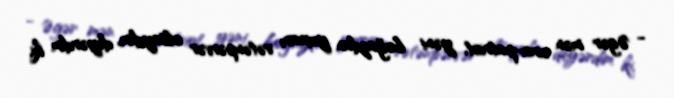
- Əgər mən ura-patriot, yəni boğazdan yuxarı vətənpərvər olsaydım, deyərdim ki,